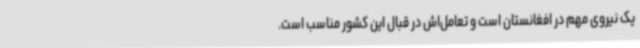
یک نیروی مهم در افغانستان است و تعامل‌اش در قبال این کشور مناسب است.